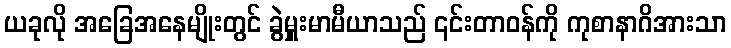
ယခုလို အခြေအနေမျိုးတွင် ခွဲမှူးမာမီယာသည် ၎င်းတာဝန်ကို ကုစာနာဂိအားသာ